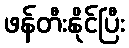
ဖန်တီးနိုင်ပြီး